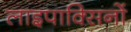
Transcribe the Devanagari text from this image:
लाइपाक्सिनों